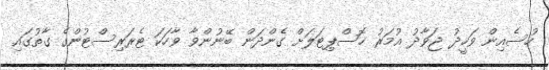
ހުސެއިން ވަހީދު ޖަވާދު އުމަރު ހޮސްޕިޓަލަށް ގެންދަން ބޭނުންވާ ވާހަކަ ޓެރަރިސްޓުންގެ ގާތުގައި